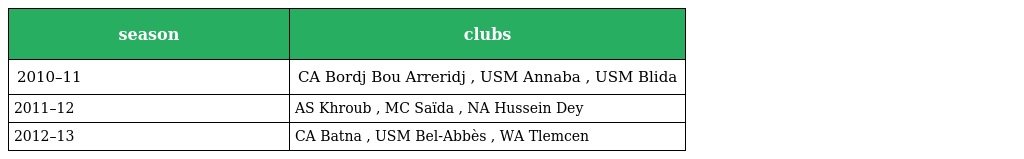
| season | clubs |
 | --- | --- |
 | 2010–11 | CA Bordj Bou Arreridj , USM Annaba , USM Blida |
 | 2011–12 | AS Khroub , MC Saïda , NA Hussein Dey |
 | 2012–13 | CA Batna , USM Bel-Abbès , WA Tlemcen |